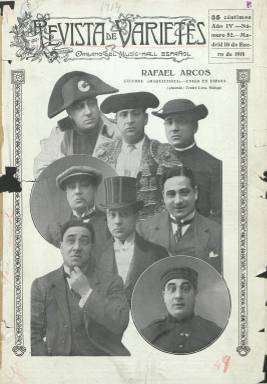
Título: Revista de varietés
Colección: Espectáculos
Ámbito geográfico: Madrid
Lugar de publicación: Madrid
Fechas: 10/01/1914-30/12/1914

Su subtítulo es “órgano del music-hall español”, tomando este anglicismo para lo que se conoce como espectáculo de variedades –de ahí también su galicismo en el título – o “revista española” dedicada a la canción y comedia popular, y se considera “indispensable para todo el profesional del ramo”, por lo que estuvo dirigida principalmente a los profesionales que se dedicaban a este género de actividad artística tan extendida en las primeras décadas del siglo veinte, tanto a artistas como a sus agentes o representantes, como a empresarios teatrales. Debió iniciar su publicación en torno a 1911 y la colección en la Biblioteca Nacional de España va desde el diez de enero al 30 de diciembre de 1914 (números 82 a 117), desconociéndose si siguió editándose.

Con un grabado modernista en su cabecera, firmado por J. Iglesias, sus entregas, que aparecían los días 10, 20 y 30 de cada mes, son de una veintena de páginas, compuestas a tres columnas, estampadas en papel cuché y con una gran profusión de fotograbados con los retratos de este tipo de artistas, generalmente del género femenino, entre las que se encontraban bailarinas, cupletistas, cancionistas, canzonetistas, acróbatas, equilibristas, gimnastas, monologuistas, danzarinas, duelistas o cómicas, entre otras. El director de la publicación es Alfonso Martín y cuenta con corresponsales en las principales provincias y ciudades españolas, siéndolo en Barcelona, primero, Juan Batlle, y, después, José Vallejo. Entre las firmas de algunos de sus textos aparecen los nombres de Álvaro Retana y José Jackson Álvarez.

Además de insertar un gran número de retratos de estas artistas, con indicación de sus domicilios particulares y representantes, ofrece la programación de teatros o salones y otros locales donde se llevaba a cabo este tipo de espectáculos (como las salas de cine) de casi toda la geografía española (capitales y principales ciudades). Tiene secciones especiales para Madrid, Barcelona y Provincias, y también Portugal. También ofrece una Guía artística, por orden alfabética, de artistas, sociedades, empresas y representantes, agencias, casas de cinematografía, fotógrafos o de litografías para artistas (affiches). Publica algunas noticias breves e inserta alguna publicidad comercial. Fue estampada en la Imprenta Artística Española, de la calle San Roque, de Madrid.